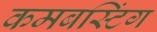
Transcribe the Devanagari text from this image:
कमबस्टिंग